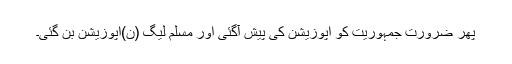
پھر ضرورت جمہوریت کو اپوزیشن کی پیش آگئی اور مسلم لیگ (ن)اپوزیشن بن گئی۔